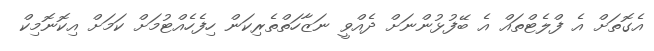
އެގޮތަށް އެ ފްލެޓްތައް އެ ބޭފުޅުންނަށް ދެއްވީ ނަޒާހަތްތެރިކަން ހިފެހެއްޓުމަށް ކަމަށް އިކޮނޮމިކް